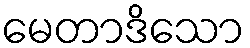
မေတာဒိသော